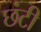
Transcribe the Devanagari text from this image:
छंटी